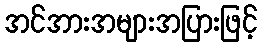
အင်အားအများအပြားဖြင့်